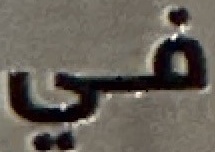
في